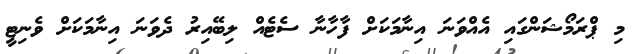
މި ޕްރަމޯޝަންގައި އެއްވަނަ އިނާމަކަށް ފާހާނާ ސެޓެއް ލިބޭއިރު ދެވަނަ އިނާމަކަށް ވެނިޓީ